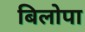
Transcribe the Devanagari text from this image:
बिलोपा